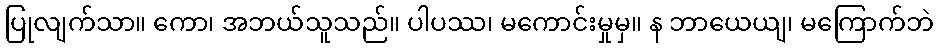
ပြုလျက်သာ။ ကော၊ အဘယ်သူသည်။ ပါပဿ၊ မကောင်းမှုမှ။ န ဘာယေယျ၊ မကြောက်ဘဲ